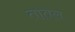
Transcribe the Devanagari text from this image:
तातल